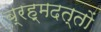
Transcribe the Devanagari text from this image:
ब्रह्मदत्तों